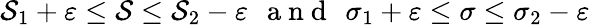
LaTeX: \mathcal{S}_{1}+\varepsilon\leq\mathcal{S}\leq\mathcal{S}_{2}-\varepsilon\, \ \mathrm{{~a~n~d~}}\, \ \sigma_{1}+\varepsilon\leq\sigma\leq\sigma_{2}-\varepsilon